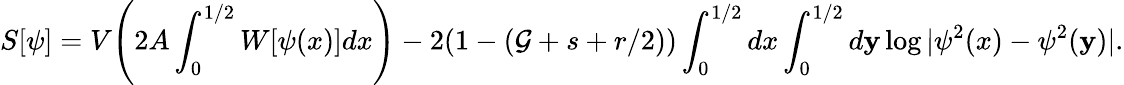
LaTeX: S[\psi]=V{\Biggr(}2A\int_{0}^{1/2}W[\psi(x)]dx{\Biggl)}-2(1-(\mathcal{G}+s+r/2))\int_{0}^{1/2}dx\int_{0}^{1/2}d\mathbf{y}\log|\psi^{2}(x)-\psi^{2}(\mathbf{y})|.